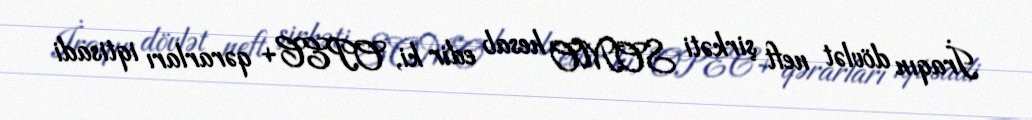
İraqın dövlət neft şirkəti SOMO hesab edir ki, OPEC+ qərarları iqtisadi